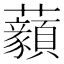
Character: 𧅙